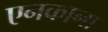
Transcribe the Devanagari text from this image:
एनकाना